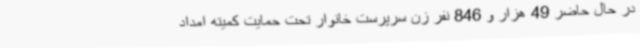
در حال حاضر 49 هزار و 846 نفر زن سرپرست خانوار تحت حمایت کمیته امداد